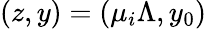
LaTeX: (z,y)=(\mu_{i}\Lambda,y_{0})